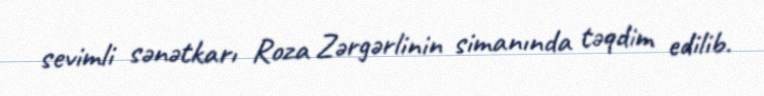
sevimli sənətkarı Roza Zərgərlinin simanında təqdim edilib.